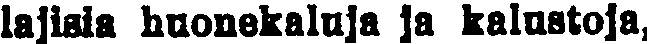
lajisia huonekaluja ja kalustoja,